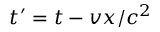
t ^ { \prime } = t - v x / c ^ { 2 }